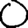
Digit: 0